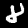
Label: 8